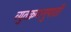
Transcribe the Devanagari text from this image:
व्युतक्रमानुपाती